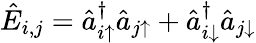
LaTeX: \hat{E}_{i,j}=\hat{a}_{i\uparrow}^{\dagger}\hat{a}_{j\uparrow}+\hat{a}_{i\downarrow}^{\dagger}\hat{a}_{j\downarrow}